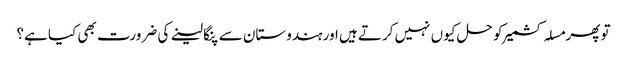
تو پھر مسلہ کشمیر کو حل کیوں نہیں کرتے ہیں اور ہندوستان سے پنگا لینے کی ضرورت بھی کیا ہے؟